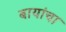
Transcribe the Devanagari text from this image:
बायांचा